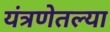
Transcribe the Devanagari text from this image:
यंत्रणेतल्या